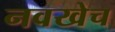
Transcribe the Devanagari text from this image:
नवखेच